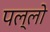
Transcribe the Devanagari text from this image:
पल्लो